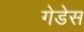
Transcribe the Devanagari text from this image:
गेडेस